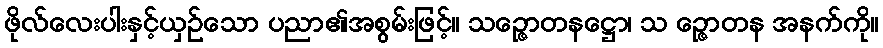
ဖိုလ်လေးပါးနှင့်ယှဉ်သော ပညာ၏အစွမ်းဖြင့်။ သဉ္ဇောတနဋ္ဌော၊ သ ဉ္ဇောတန အနက်ကို။